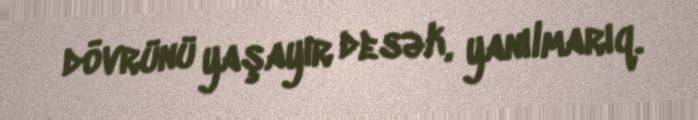
dövrünü yaşayır desək, yanılmarıq.